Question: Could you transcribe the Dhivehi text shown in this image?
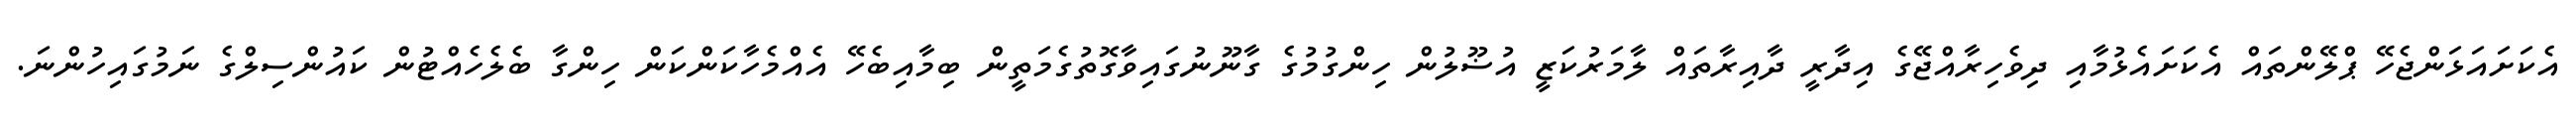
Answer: އެކަށައަޅަންޖެހޭ ޕްލޭންތައް އެކަށައެޅުމާއި ދިވެހިރާއްޖޭގެ އިދާރީ ދާއިރާތައް ލާމަރުކަޒީ އުޟޫލުން ހިންގުމުގެ ގާނޫނުގައިވާގޮތުގެމަތީން ބިމާއިބެހޭ އެއްމެހާކަންކަން ހިންގާ ބެލެހެއްޓުން ކައުންސިލްގެ ނަމުގައިހުންނަ.